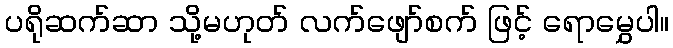
ပရိုဆက်ဆာ သို့မဟုတ် လက်ဖျော်စက် ဖြင့် ရောမွှေပါ။